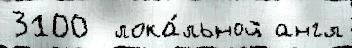
3100  лока́льной англ